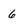
Character: 6